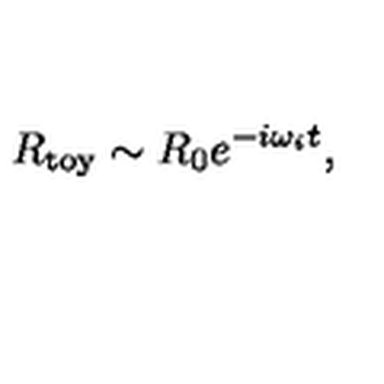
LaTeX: R _ { \mathrm { t o y } } \sim R _ { 0 } e ^ { - i \omega _ { i } t } ,